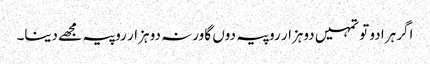
اگر ہرا دو تو تمہیں دوہزار روپیہ دوں گا ورنہ دو ہزار روپیہ مجھے دینا۔